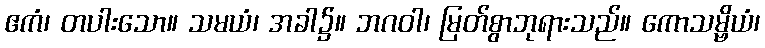
ဧကံ၊ တပါးသော။ သမယံ၊ အခါ၌။ ဘဂဝါ၊ မြတ်စွာဘုရားသည်။ ကောသမ္ဗိယံ၊